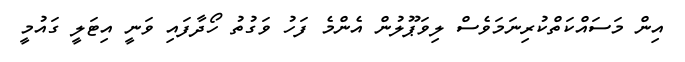
އިން މަސައްކަތްކުރިނަމަވެސް ލިވަޕޫލުން އެންމެ ފަހު ވަގުތު ހޯދާފައި ވަނީ އިޓަލީ ގައުމީ